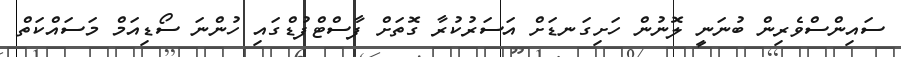
ސައިންސްވެރިން ބުނަނީ ލޮނުން ހަށިގަނޑަށް އަސަރުކުރާ ގޮތަށް ފާސްޓްފުޑްގައި ހުންނަ ސޯޑިއަމް މަސައްކަތް